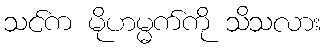
သင်က မိုဟမ္မက်ကို သိသလား